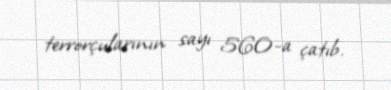
terrorçularının sayı 560-a çatıb.